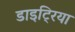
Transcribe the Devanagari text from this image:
डाइट्रिया